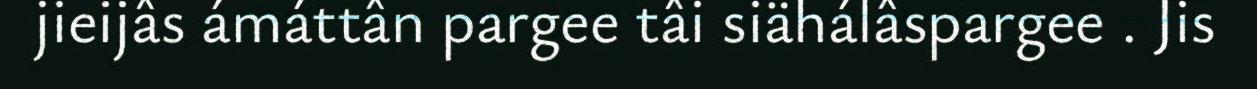
jieijâs ámáttân pargee tâi siähálâspargee . Jis